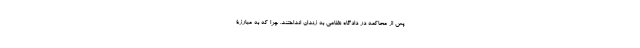
پس از محاکمه در دادگاه نظامی به زندان انداختند. چرا که به مبارزۀ